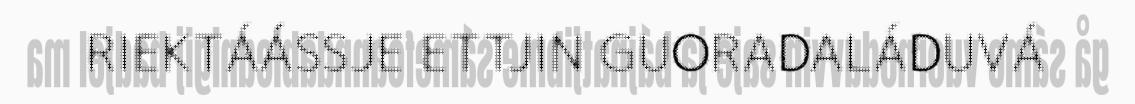
RIEKTÁÁSSJE ETTJIN GUORADALÁDUVÁ